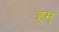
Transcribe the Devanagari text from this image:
हुम्